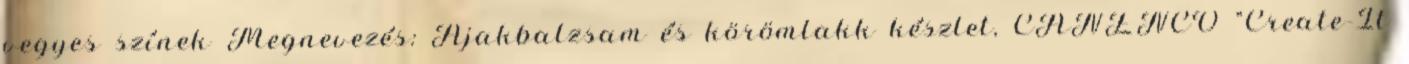
vegyes színek Megnevezés: Ajakbalzsam és körömlakk készlet, CANENCO "Create-It